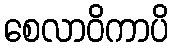
စေလာဝိကာပိ